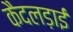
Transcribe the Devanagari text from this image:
कैदलड़ाई